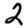
Digit: 2